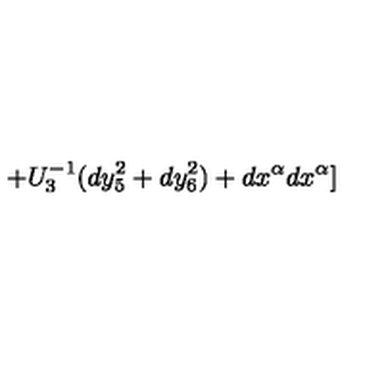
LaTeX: + U _ { 3 } ^ { - 1 } ( d y _ { 5 } ^ { 2 } + d y _ { 6 } ^ { 2 } ) + d x ^ { \alpha } d x ^ { \alpha } ]